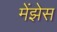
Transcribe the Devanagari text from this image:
मेंझेस